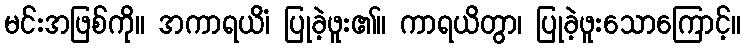
မင်းအဖြစ်ကို။ အကာရယိံ၊ ပြုခဲ့ဖူး၏။ ကာရယိတွာ၊ ပြုခဲ့ဖူးသောကြောင့်။